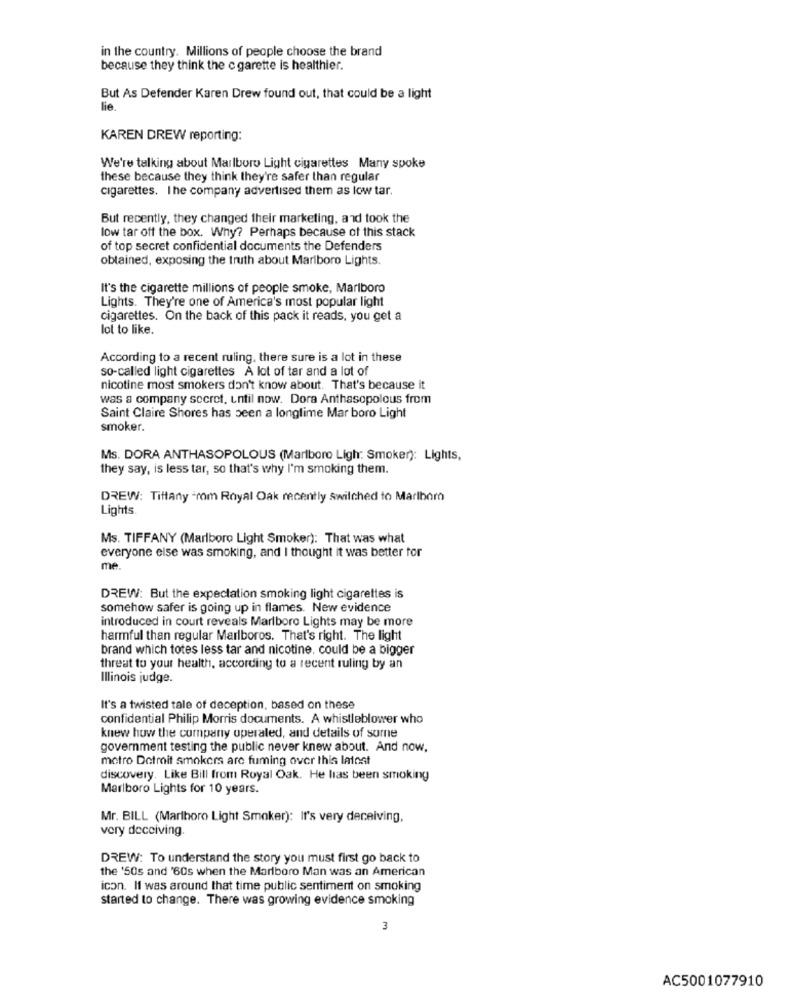
in the country. Millions of people choose the brand
because they think the c garette is healthier.
But As Defender Karen Drew found out, that could be a light
lie
KAREN DREW reporting:
We're talking about Marlboro Light cigarettes Many spoke
these because they think they're safer than regular
cigarettes. I he company advertised them as low tar.
But recently, they changed their marketing, and took the
low tar off the box. Why? Perhaps because of this stack
of top secret confidential documents the Defenders
obtained, exposing the truth about Marlboro Lights.
It's the cigarette millions of people smoke, Marlboro
Lights. They're one of America's most popular light
cigarettes. On the back of this pack it reads, you get a
lot to like.
According to a recent ruling. there sure is a lot in these
so-called light cigarettes A lot of tar and a lot of
nicotine most smokers don't know about. That's because it
was a company secret, until now. Dora Anthasopolous from
Saint Claire Shores has been a longlime Mar boro Light
smoker.
Ms. DORA ANTHASOPOLOUS (Marlboro Ligh: Smoker): Lights,
they say, is less tar, so that's why I'm smoking them.
DREW: Tiffany -rom Royal Oak recently Switched to Marlboro
Lights
Ms. TIFFANY (Marlboro Light Smoker): That was what
everyone else was smoking, and I thought it was better for
me.
DREW: But the expectation smoking light cigarettes is
somehow safer is going up in flames. New evidence
introduced in court reveals Marlboro Lights may be more
harmful than regular Marlboros. That's right. The light
brand which totes less tar and nicotine. could be a bigger
threat to your health, according to a recent ruling by an
Illinois judge.
It's a twisted tale of deception, based on these
confidential Philip Morris documents. A whistleblower who
knew how the company operaled, and details of some
government testing the public never knew about. And now.
metro Detroit smokers are fuming over this lafont
discovery. Like Bill from Royal Oak. He lias been smoking
Marlboro Lights for 10 years.
Mr. BILL (Marlboro Light Smoker): It's very deceiving,
very deceiving.
DREW: To understand the story you must first go back to
the '50s and '60s when the Marlboro Man was an American
icon. It was around that time public sentiment on smoking
started to change. There was growing evidence smoking
3
AC5001077910